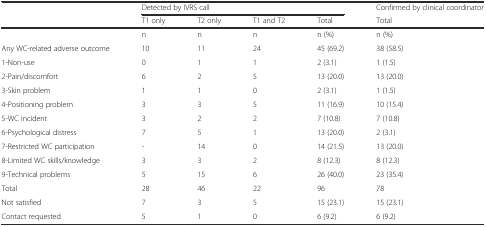
<table><thead><tr><td></td><td colspan="4"><b>Detected by IVRS call</b></td><td><b>Confirmed by clinical coordinator</b></td></tr><tr><td></td><td><b>T1 only</b></td><td><b>T2 only</b></td><td><b>T1 and T2</b></td><td><b>Total</b></td><td><b>Total</b></td></tr></thead><tbody><tr><td></td><td>n</td><td>n</td><td>n</td><td>n (%)</td><td>n (%)</td></tr><tr><td>Any WC-related adverse outcome</td><td>10</td><td>11</td><td>24</td><td>45 (69.2)</td><td>38 (58.5)</td></tr><tr><td>1-Non-use</td><td>0</td><td>1</td><td>1</td><td>2 (3.1)</td><td>1 (1.5)</td></tr><tr><td>2-Pain/discomfort</td><td>6</td><td>2</td><td>5</td><td>13 (20.0)</td><td>13 (20.0)</td></tr><tr><td>3-Skin problem</td><td>1</td><td>1</td><td>0</td><td>2 (3.1)</td><td>1 (1.5)</td></tr><tr><td>4-Positioning problem</td><td>3</td><td>3</td><td>5</td><td>11 (16.9)</td><td>10 (15.4)</td></tr><tr><td>5-WC incident</td><td>3</td><td>2</td><td>2</td><td>7 (10.8)</td><td>7 (10.8)</td></tr><tr><td>6-Psychological distress</td><td>7</td><td>5</td><td>1</td><td>13 (20.0)</td><td>2 (3.1)</td></tr><tr><td>7-Restricted WC participation</td><td>-</td><td>14</td><td>0</td><td>14 (21.5)</td><td>13 (20.0)</td></tr><tr><td>8-Limited WC skills/knowledge</td><td>3</td><td>3</td><td>2</td><td>8 (12.3)</td><td>8 (12.3)</td></tr><tr><td>9-Technical problems</td><td>5</td><td>15</td><td>6</td><td>26 (40.0)</td><td>23 (35.4)</td></tr><tr><td>Total</td><td>28</td><td>46</td><td>22</td><td>96</td><td>78</td></tr><tr><td>Not satisfied</td><td>7</td><td>3</td><td>5</td><td>15 (23.1)</td><td>15 (23.1)</td></tr><tr><td>Contact requested</td><td>5</td><td>1</td><td>0</td><td>6 (9.2)</td><td>6 (9.2)</td></tr></tbody></table>